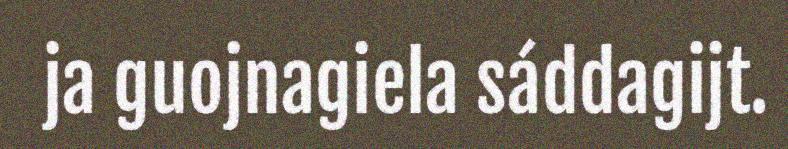
ja guojnagiela sáddagijt.